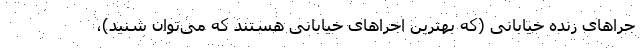
جراهای زنده خیابانی (که بهترین اجراهای خیابانی هستند که می‌توان شنید)،